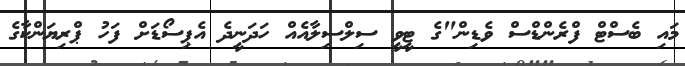
މައި ބެސްޓް ފްރެންޑްސް ވެޑިން"ގެ ޓީވީ ސިލްސިލާއެއް ހަދަނީދެ އެޕިސޯޑަށް ފަހު ޕްރިޔަންކާގެ